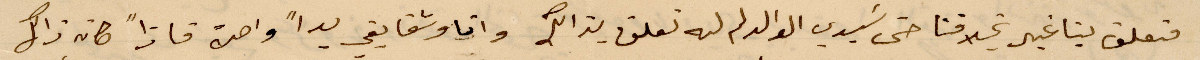
متعلق بنا غير فنا حتى سيدي الوالد لم له تعلق %% وانا وثق بقي يدًا واحتى %% كانه ذاك